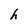
Character: h